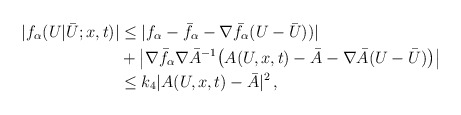
\begin{align*}| f_\alpha (U | \bar U;x,t) | &\le | f_\alpha - \bar f_\alpha - \nabla \bar f_\alpha (U-\bar U)) |\\&+ \left | \nabla \bar f_\alpha \nabla \bar A^{-1} \big (A(U,x,t) - \bar A - \nabla \bar A (U - \bar U) \big ) \right |\\&\le k_4 |A(U,x,t) - \bar A|^2 \, ,\end{align*}